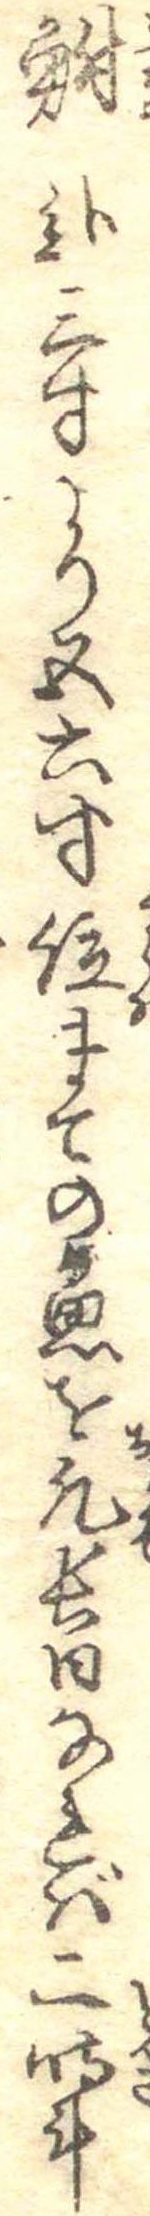
鮒弐三寸より五六寸位まての魚を凡長日なれば二時斗